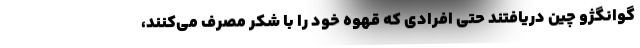
گوانگژو چین دریافتند حتی افرادی که قهوه خود را با شکر مصرف می‌کنند،